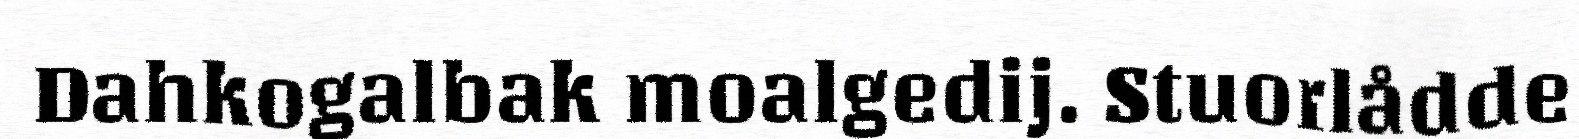
Dahkogalbak moalgedij. Stuorlådde